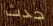
حدث